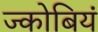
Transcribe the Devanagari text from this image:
ज्कोबियं